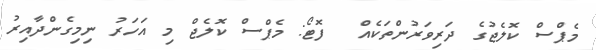
މެޕްސް ކޮލެޖުގެ ދަރިވަރުންތަކެއް  ފޮޓޯ: މެޕްސް ކޮލެޖް މި އަހަރު ނިމިގެންދާއިރު